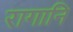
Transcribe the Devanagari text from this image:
रागानि